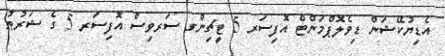
އެޑިޔުކޭޝަން ޑިވެލޮޕްމަންޓް އޮފިސަރ 5 ޓީޗިންގ ސަރވިސް އޮފިސަރ 5 ގެ ޝަރުޠު